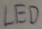
Text: LED